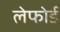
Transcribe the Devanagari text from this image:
लेफोर्ड